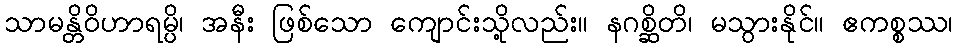
သာမန္တိဝိဟာရမ္ပိ၊ အနီး ဖြစ်သော ကျောင်းသို့လည်း။ နဂစ္ဆိတိ၊ မသွားနိုင်။ ဧကစ္စဿ၊